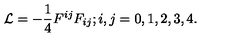
{ \cal L } = - { \frac { 1 } { 4 } } { F ^ { i j } F _ { i j } } ; i , j = 0 , 1 , 2 , 3 , 4 .